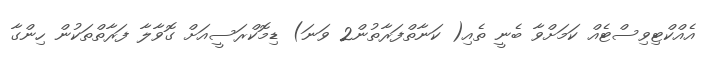
އެއްކްޓިވިސްޓެއް ކަމަށްވާ ބެނީ ތެއި( ކަނާތްްފަރާތުން2 ވަނަ) ޑިމޮކްރަސީއަށް ގޮވާލާ ފަރާތްތަކުން ހިންގާ